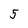
Character: 5